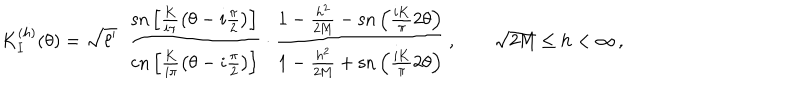
K _ { I } ^ { ( h ) } ( \theta ) = \sqrt { \ell ^ { \prime } } \; \; \frac { \textrm { s n } \left[ \frac { \textbf { K } } { i \pi } \left( \theta - i \frac { \pi } { 2 } \right) \right] } { \textrm { c n } \left[ \frac { \textbf { K } } { i \pi } \left( \theta - i \frac { \pi } { 2 } \right) \right] } \cdot \frac { 1 - \frac { h ^ { 2 } } { 2 \textrm { M } } - \textrm { s n } \left( \frac { i \textbf { K } } { \pi } 2 \theta \right) } { 1 - \frac { h ^ { 2 } } { 2 \textrm { M } } + \textrm { s n } \left( \frac { i \textbf { K } } { \pi } 2 \theta \right) } \, , \qquad \sqrt { 2 \textrm { M } } \leq h < \infty \, ,